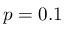
p = 0 . 1